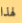
لهذا